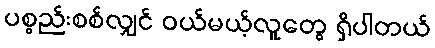
ပစ္စည်းစစ်လျှင် ဝယ်မယ့်လူတွေ ရှိပါတယ်